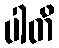
ပါတိ